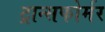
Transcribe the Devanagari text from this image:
ट्रान्सफोर्मर